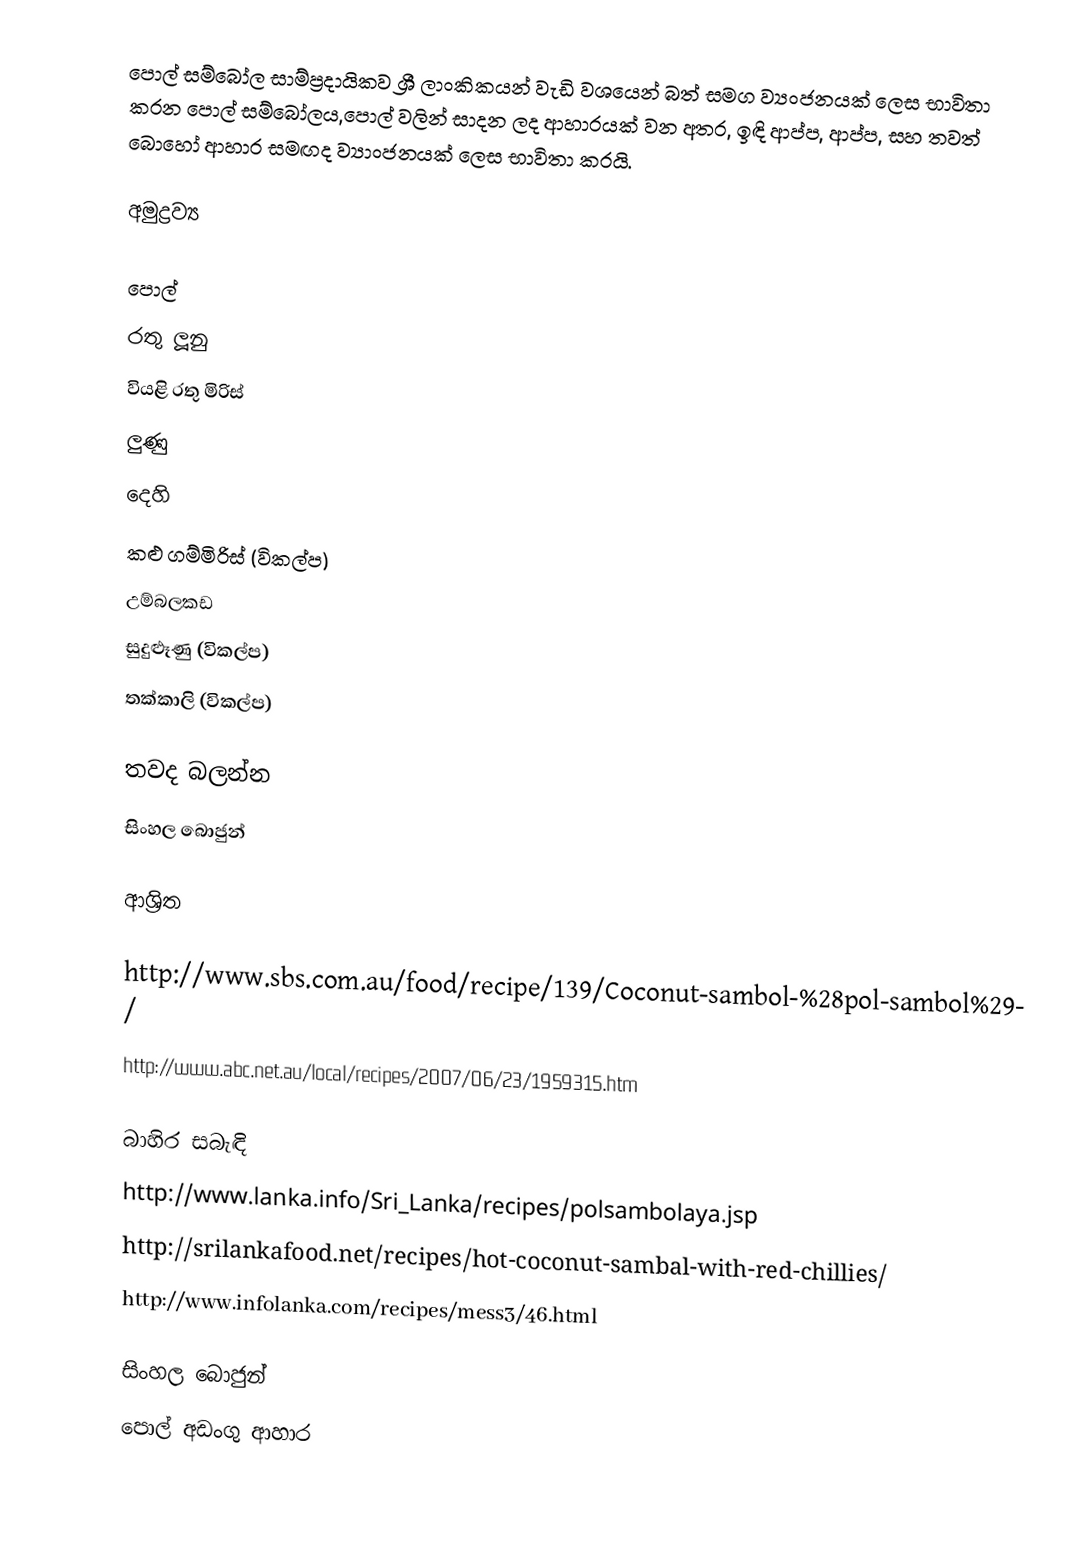
පොල් සම්බෝල සාම්ප්‍රදායිකව ශ්‍රී ලාංකිකයන් වැඩි වශයෙන් බත් සමග ව්‍යංජනයක් ලෙස භාවිතා කරන පොල් සම්බෝලය,පොල් වලින් සාදන ලද ආහාරයක් වන අතර, ඉඳි ආප්ප, ආප්ප, සහ තවත් බොහෝ ආහාර සමඟද ව්‍යාංජනයක් ලෙස භාවිතා කරයි.

අමුද්‍රව්‍ය

 පොල්
 රතු ලූනු
 වියළි රතු මිරිස්
 ලුණු
 දෙහි
 කළු ගම්මිරිස් (විකල්ප)
 උම්බලකඩ
 සුදුළූණු (විකල්ප)
 තක්කාලි (විකල්ප)

තවද බලන්න
 සිංහල බොජුන්

ආශ්‍රිත

http://www.sbs.com.au/food/recipe/139/Coconut-sambol-%28pol-sambol%29/
http://www.abc.net.au/local/recipes/2007/06/23/1959315.htm

බාහිර සබැඳි
http://www.lanka.info/Sri_Lanka/recipes/polsambolaya.jsp
http://srilankafood.net/recipes/hot-coconut-sambal-with-red-chillies/
http://www.infolanka.com/recipes/mess3/46.html

සිංහල බොජුන්
පොල් අඩංගු ආහාර